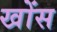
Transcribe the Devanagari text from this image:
खोंस